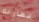
نظارتك